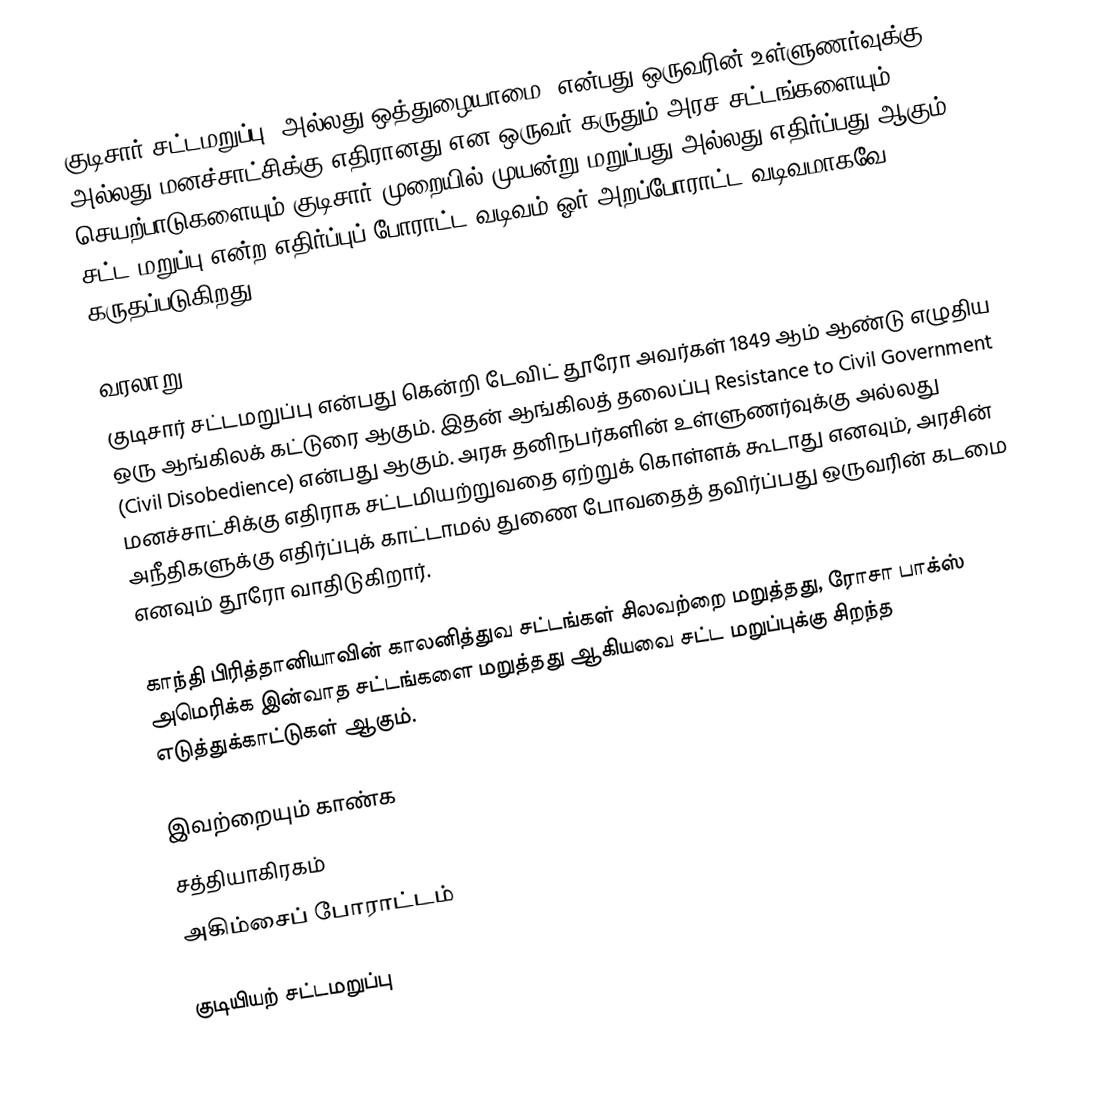
குடிசார் சட்டமறுப்பு, அல்லது ஒத்துழையாமை, என்பது ஒருவரின் உள்ளுணர்வுக்கு அல்லது மனச்சாட்சிக்கு எதிரானது என ஒருவர் கருதும் அரச சட்டங்களையும் செயற்பாடுகளையும் குடிசார் முறையில் முயன்று மறுப்பது அல்லது எதிர்ப்பது ஆகும்.  சட்ட மறுப்பு என்ற எதிர்ப்புப் போராட்ட வடிவம் ஓர் அறப்போராட்ட வடிவமாகவே கருதப்படுகிறது.

வரலாறு
குடிசார் சட்டமறுப்பு என்பது கென்றி டேவிட் தூரோ அவர்கள் 1849 ஆம் ஆண்டு எழுதிய ஒரு ஆங்கிலக் கட்டுரை ஆகும்.  இதன் ஆங்கிலத் தலைப்பு Resistance to Civil Government (Civil Disobedience) என்பது ஆகும்.  அரசு தனிநபர்களின் உள்ளுணர்வுக்கு அல்லது மனச்சாட்சிக்கு எதிராக சட்டமியற்றுவதை ஏற்றுக் கொள்ளக் கூடாது எனவும், அரசின் அநீதிகளுக்கு எதிர்ப்புக் காட்டாமல் துணை போவதைத் தவிர்ப்பது ஒருவரின் கடமை எனவும் தூரோ வாதிடுகிறார்.

காந்தி பிரித்தானியாவின் காலனித்துவ சட்டங்கள் சிலவற்றை மறுத்தது, ரோசா பாக்ஸ் அமெரிக்க இன்வாத சட்டங்களை மறுத்தது ஆகியவை சட்ட மறுப்புக்கு சிறந்த எடுத்துக்காட்டுகள் ஆகும்.

இவற்றையும் காண்க
 சத்தியாகிரகம்
 அகிம்சைப் போராட்டம்

குடியியற் சட்டமறுப்பு